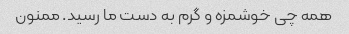
همه چی خوشمزه و گرم به دست ما رسید. ممنون